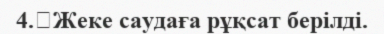
4.	Жеке саудаға рұқсат берілді.